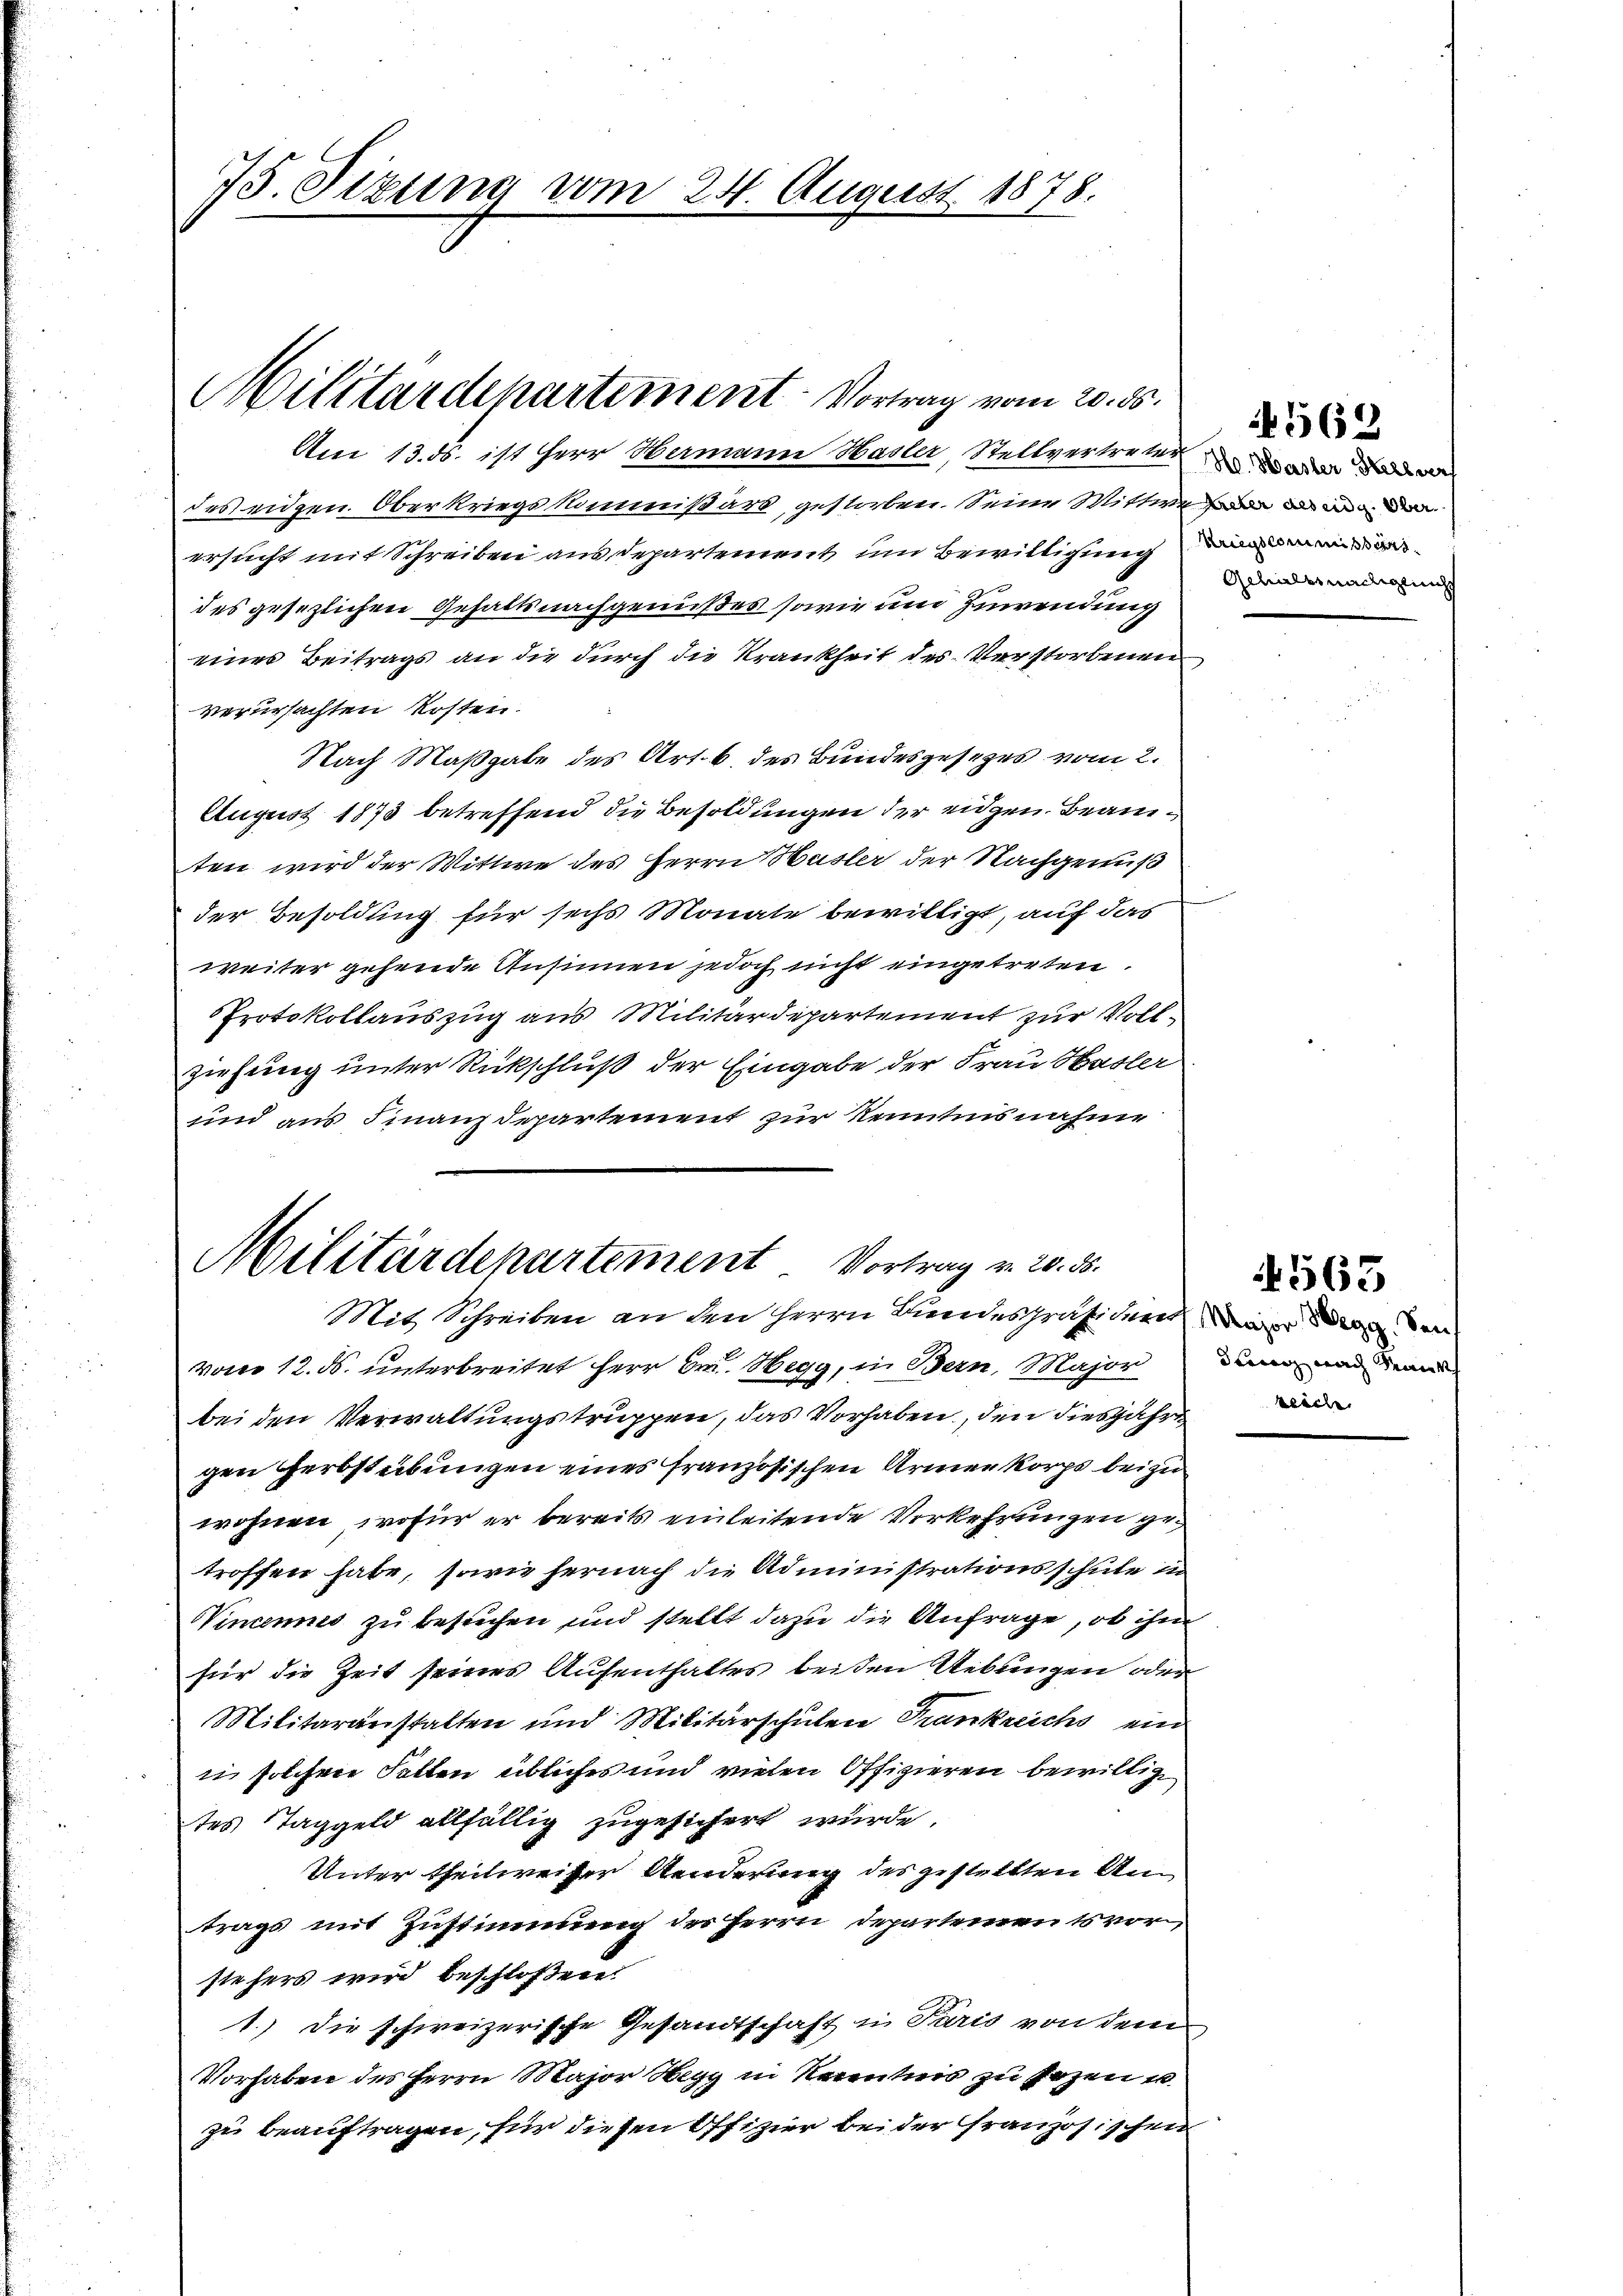
75. Sizung vom 24. August 1878.

Militärdepartement Vortrag vom 20. ds.

Am 13. ds. ist Herr Hermann Hasler, Stellvertreter an
des eidgen. Oberkriegskommißärs gestorben, seine Mittwe der von der
ersucht mit Schreiben aus departement um Bewittigunge
des gesezlichen Gehaltsnachgenußes sowie um Zuwendung
eines Beitrags an die durch die Krankheit des Verstorbenen
verursachten Kosten.
Nach Maßgabe des Art. 6. des Bundesgesezes vom 2.
August 1873 betreffend die Besoldungen der eidgen. Beamten wird der Wittwe des Herrn Hasler der Nachgenuß
der Besoldung für sechs Monate bewilligt, auf das
weiter gehende Ansinnen jedoch nicht eingetreten.
Protokollauszug aus Militärdepartement zur Vollziehung unter Rückschluß der Eingabe der Frau Hasler
und aus Finanzdepartement zur Kenntnisnahme

Militärdepartement. Vortrag v. 20. 355.
Mit Schreiben an den Herrn Bundespräsiden wir den den

Gehalt nachiglichs

vom 12. d. unterbreitet Herr Dr. Hegg, in Bern, Major dann und da
bei den Verwaltungstruppen, das Vorhaben, den diesjahre
gen Herbstübungen eines französischen Armen korps beizu
wohnen, wofür er bereits einleitende Verkehrungen getroffen habe, sowie hernach die Administrationsschule in
Nincennes zu besuchen und stellt dazu die Anfrage, ob ihm
für die Zeit seines Aufenthaltes beiden Uebungen oder
Militäranstalten und Militärschulen Frankreichs ein
ii solchen Fallen übliches und vielen Offizieren bewillig
tes Taggeld allfällig zugesichert wurde.
Unter theilweiser Aenderung des gestellten Antrags mit Zustimmung des Herrn Departement vor
siehers wird beschloßen:
1.) Die schweizerische Gesandtschaft in Paris von dem
Vorhaben des Herrn Major Hegy in Kenntnis zu sezen u.
zu beauftragen, für diesen Offizier beider französischen

562

4563